Report of an investigation into the causes of the diseases known in Assam as Kála-Azár and Beri-Beri
Disease focus: Beri-Beri
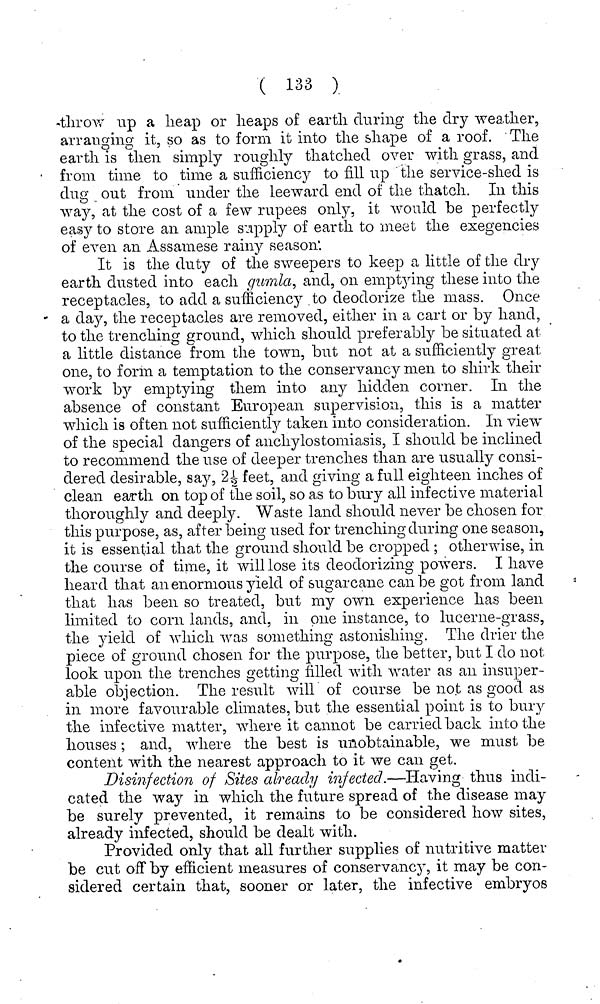
( 133 )
throw up a heap or heaps of earth during the dry weather,
arraitging it, so as to form it into the shape of a roof. The
earth is then simply roughly thatched over with grass, and
from time to time a sufficiency to fill up the service-shed is
dug out from under the leeward end of the thatch. In this
wa}?-, at the cost of a few rupees only, it would be perfectly
easy to store an ample supply of earth to meet the exegeiicies
of even an Assamese rainy season'.
It is the duty of the sweepers to keep a little of the dry
earth dusted into each gumla, and, on emptying these into the
receptacles, to add a sufficiency to deodorize the mass. Once
a day, the receptacles are removed, either in a cart or by hand,
to the trenching ground, which should preferably be situated at
a little distance from the town, but not at a sufficiently great
one, to form a temptation to the conservancy men to shirk their
work by emptying them into any hidden corner. In the
absence of constant European supervision, this is a matter
which is often not sufficiently taken into consideration. In view
of the special dangers of anchylostomiasis, I should be inclined
to recommend the use of deeper trenches than are usually consi-
dered desirable, say, 24 feet, and giving a full eighteen inches of
clean earth on top of the soil, so as to bury all infective material
thoroughly and deeply. Waste land should never be chosen for
this purpose, as, after being used for trenching during one season,
it is essential that the ground should be cropped ; otherwise, in
the course of time, it will lose its deodorizing powers. I have
heard that an enormous yield of sugarcane can be got from land
that has been so treated, but my own experience has been
limited to corn lands, and, in one instance, to lucerne-grass,
the yield of which was something astonishing. The drier the
piece of ground chosen for the purpose, the better, but I do not
look upon the trenches getting filled with water as an insuper-
able objection. The result will of course be not as good as
in more favourable climates, but the essential point is to bury
the infective matter, where it cannot be carried back into the
houses; and, where the best is unobtainable, we must be
content with the nearest approach to it we can get.
Disinfection of Sites already injected.—Having thus indi-
cated the way in which the future spread of the disease may
be surely prevented, it remains to be considered how sites,
already infected, should be dealt with.
Provided only that all further supplies of nutritive matter
be cut off by efficient measures of conservancy, it may be con-
sidered certain that, sooner or later, the infective embryos